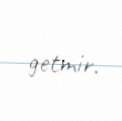
getmir.